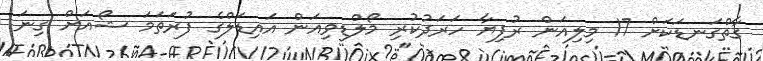
ގާތްގަނޑަކަށް 17 މިލިއަން ރުފިޔާ ހަރަދުކުރި މޯލްޑިވިއަން އައިޑަލްގެ ފުރަތަމަ ޝޯއަށް ގިނަ